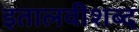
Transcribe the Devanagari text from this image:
इतालवीशब्द